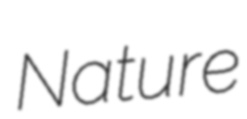
Nature